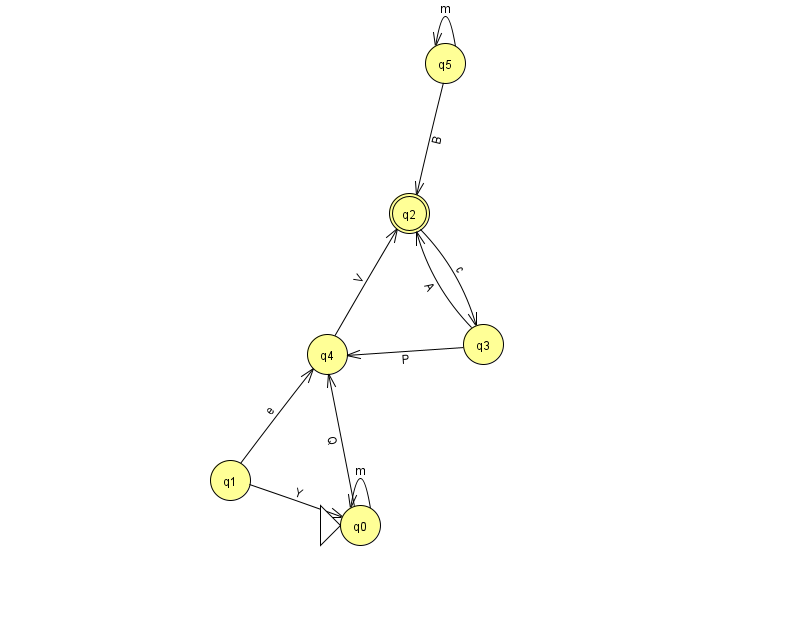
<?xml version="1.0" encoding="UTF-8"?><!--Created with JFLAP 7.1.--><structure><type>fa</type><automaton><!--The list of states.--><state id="0" name="q0"><x>360.0</x><y>512.0</y><initial/></state><state id="1" name="q1"><x>230.0</x><y>467.0</y></state><state id="2" name="q2"><x>409.0</x><y>200.0</y><final/></state><state id="3" name="q3"><x>483.0</x><y>331.0</y></state><state id="4" name="q4"><x>327.0</x><y>341.0</y></state><state id="5" name="q5"><x>445.0</x><y>50.0</y></state><!--The list of transitions.--><transition><from>3</from><to>4</to><read>P</read></transition><transition><from>1</from><to>4</to><read>e</read></transition><transition><from>5</from><to>2</to><read>B</read></transition><transition><from>1</from><to>0</to><read>Y</read></transition><transition><from>4</from><to>2</to><read>V</read></transition><transition><from>0</from><to>4</to><read>Q</read></transition><transition><from>0</from><to>0</to><read>m</read></transition><transition><from>3</from><to>2</to><read>A</read></transition><transition><from>5</from><to>5</to><read>m</read></transition><transition><from>2</from><to>3</to><read>c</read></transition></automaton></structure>